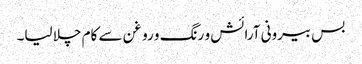
بس بیرونی آرائش و رنگ و روغن سے کام چلا لیا۔